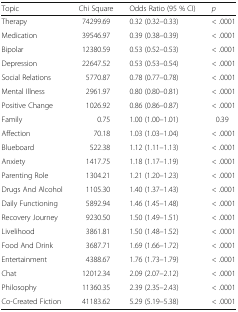
| Topic | Chi Square | Odds Ratio (95 % CI) | p |
 | --- | --- | --- | --- |
 | Therapy | 74299.69 | 0.32 (0.32–0.33) | < .0001 |
 | Medication | 39546.97 | 0.39 (0.38–0.39) | < .0001 |
 | Bipolar | 12380.59 | 0.53 (0.52–0.53) | < .0001 |
 | Depression | 22647.52 | 0.53 (0.53–0.54) | < .0001 |
 | Social Relations | 5770.87 | 0.78 (0.77–0.78) | < .0001 |
 | Mental Illness | 2961.97 | 0.80 (0.80–0.81) | < .0001 |
 | Positive Change | 1026.92 | 0.86 (0.86–0.87) | < .0001 |
 | Family | 0.75 | 1.00 (1.00–1.01) | 0.39 |
 | Affection | 70.18 | 1.03 (1.03–1.04) | < .0001 |
 | Blueboard | 522.38 | 1.12 (1.11–1.13) | < .0001 |
 | Anxiety | 1417.75 | 1.18 (1.17–1.19) | < .0001 |
 | Parenting Role | 1304.21 | 1.21 (1.20–1.23) | < .0001 |
 | Drugs And Alcohol | 1105.30 | 1.40 (1.37–1.43) | < .0001 |
 | Daily Functioning | 5892.94 | 1.46 (1.45–1.48) | < .0001 |
 | Recovery Journey | 9230.50 | 1.50 (1.49–1.51) | < .0001 |
 | Livelihood | 3861.81 | 1.50 (1.48–1.52) | < .0001 |
 | Food And Drink | 3687.71 | 1.69 (1.66–1.72) | < .0001 |
 | Entertainment | 4388.67 | 1.76 (1.73–1.79) | < .0001 |
 | Chat | 12012.34 | 2.09 (2.07–2.12) | < .0001 |
 | Philosophy | 11360.35 | 2.39 (2.35–2.43) | < .0001 |
 | Co-Created Fiction | 41183.62 | 5.29 (5.19–5.38) | < .0001 |